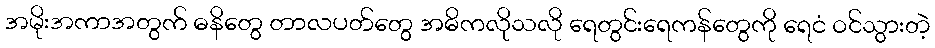
အမိုးအကာအတွက် ဓနိတွေ တာလပတ်တွေ အဓိကလိုသလို ရေတွင်းရေကန်တွေကို ရေငံ ဝင်သွားတဲ့